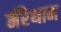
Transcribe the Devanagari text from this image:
मॅरेथान